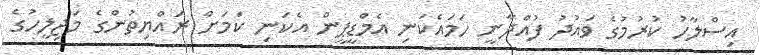
އިސްލާހު ކުރުމުގެ ވައުދު ފުއްދާނީ ހަމައެކަނި އެމްޑީޕީން އެކަނި ކަމަށް ރައްޔިތުންގެ މަޖިލީހުގެ